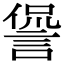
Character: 諐